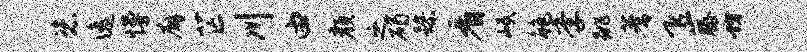
恣逸慢廨芒川由颜之碣躁看岷鲍季跳蓍飞藤坊